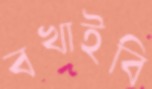
বখাইবি